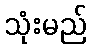
သုံးမည်